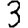
Digit: 3